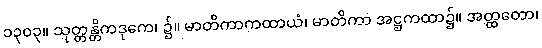
၁၃၀၃။ သုတ္တန္တိကဒုကေ၊ ၌။ မာတိကာကထာယံ၊ မာတိကာ အဋ္ဌကထာ၌။ အတ္ထတော၊